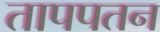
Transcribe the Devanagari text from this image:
तापपतन